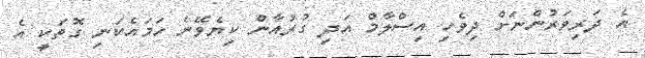
އެ ދަރިވަރުންނަށް ދިވެހި އިސްލާމް އަދި ގުރުއާން ކިޔެވޭނެ ހަމައެކަނި ގޮތަކީ އެ